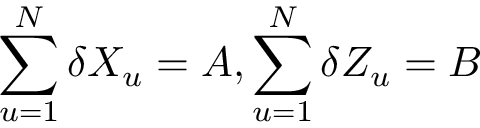
\sum _ { u = 1 } ^ { N } \delta X _ { u } = A , \sum _ { u = 1 } ^ { N } \delta Z _ { u } = B